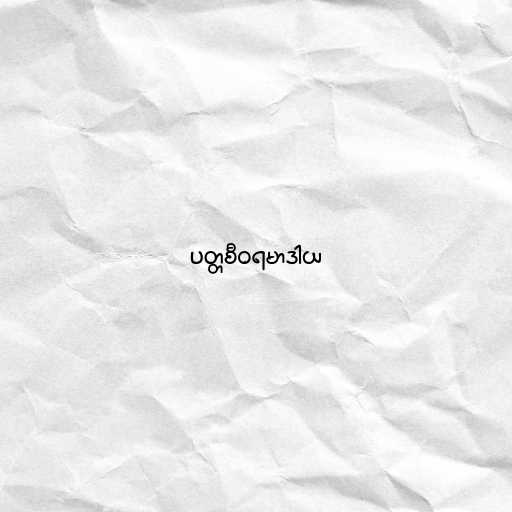
ပတ္တစီဝရမာဒါယ